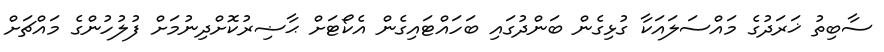
ސާބިތު ޚަރަދުގެ މައްސަލައަކާ ގުޅިގެން ބަންދުގައި ބަހައްޓައިގެން އެކޯޓަށް ޙާޟިރުކޮށްދިނުމަށް ފުލުހުންގެ މައްޗަށް